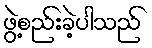
ဖွဲ့စည်းခဲ့ပါသည်